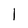
Character: l